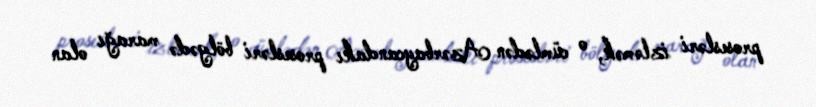
prosesləri izləmək, o cümlədən Azərbaycandakı prosesləri bölgədə marağı olan